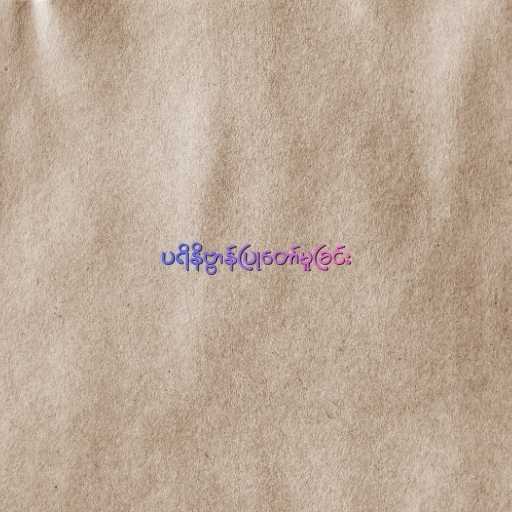
ပရိနိဗ္ဗာန်ပြုတော်မူခြင်း